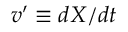
v ^ { \prime } \equiv d X / d t